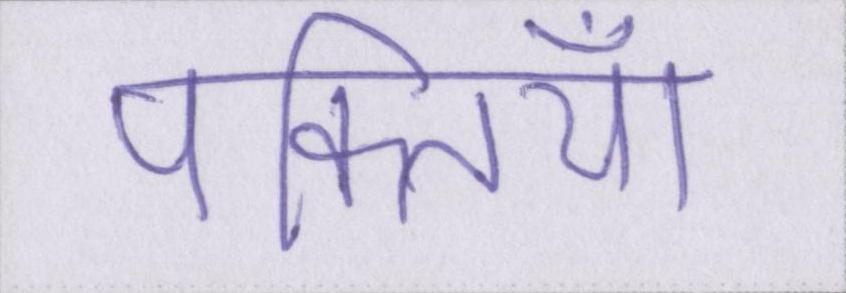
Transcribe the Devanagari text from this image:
पंक्तियाँ